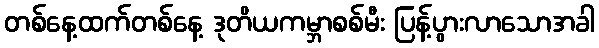
တစ်နေ့ထက်တစ်နေ့ ဒုတိယကမ္ဘာစစ်မီး ပြန့်ပွားလာသောအခါ